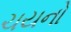
ચયનો